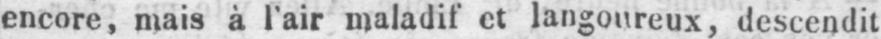
encore, mais à l’air maladif et langoureux, descendit